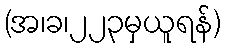
(အ၊ခ၊၂၂၃မှယူရန်)